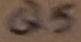
Text: Q5